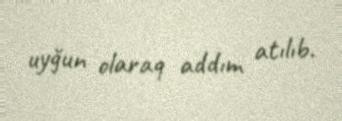
uyğun olaraq addım atılıb.